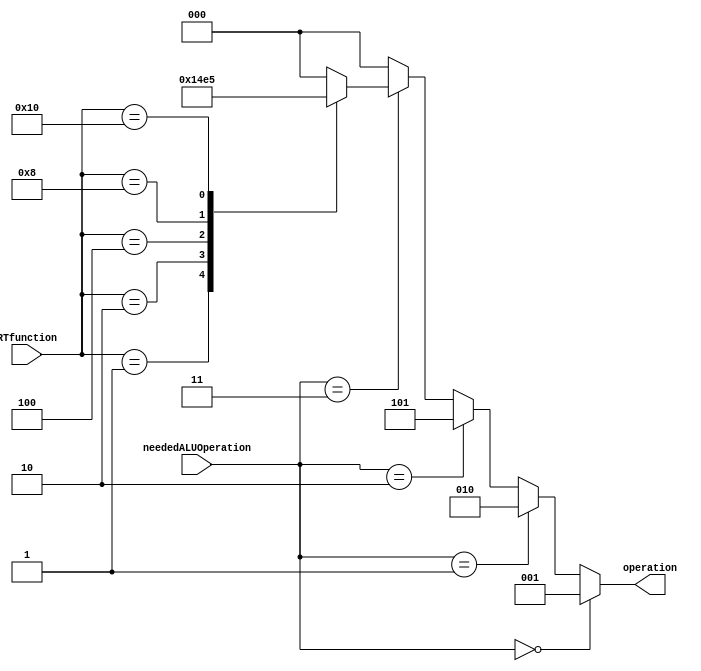
`timescale 1ps/1ps
module ALUController (
    RTfunction,
    neededALUOperation,
    operation
    );
    
    input [5:0] RTfunction;
    input [1:0] neededALUOperation;
    output reg[2:0] operation;

    //RTfunctiontion states:
    parameter [5:0] 
        ADD_RTfunction = 6'b000001, //RType
        SUB_RTfunction = 6'b000010, //RType
        AND_RTfunction = 6'b000100, //RType
        OR_RTfunction  = 6'b001000, //RType
        SLT_RTfunction = 6'b010000; //RType

    //operation states:
    parameter [2:0] 
        NOTHING = 3'b000,
        ADD = 3'b001,
        SUB = 3'b010,
        AND = 3'b011,
        OR  = 3'b100,
        SLT = 3'b101;//using sign

    always @(neededALUOperation, RTfunction)
    begin
        operation = NOTHING;
        //J | JR | JAL | ADDI | LW | SW opcode is called and needs add operation 
        if (neededALUOperation == 2'b00)
            operation = ADD;
        //beEqual opcode is called and needs sub operation
        else if (neededALUOperation == 2'b01)
            operation = SUB;
        //SLTI opcode is called and needs sign operation
        else if (neededALUOperation == 2'b10)
            operation = SLT; 
        //NO opcode and time to check RTfunctiontions
        else if (neededALUOperation == 2'b11)
        begin
            case (RTfunction)
                ADD_RTfunction: operation = ADD; //add
                SUB_RTfunction: operation = SUB; //sub
                AND_RTfunction: operation = AND; //and
                OR_RTfunction : operation = OR ; //or
                SLT_RTfunction: operation = SLT; //slt
                default:  operation = NOTHING;
            endcase
        end 
    end
    
endmodule